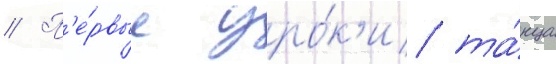
// П'е́рвые уро́к'и та́нца